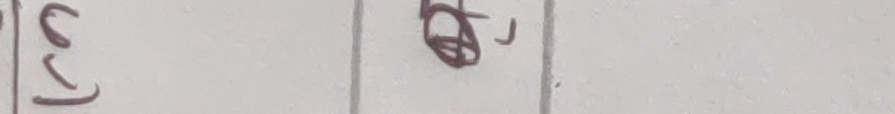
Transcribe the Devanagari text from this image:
जु